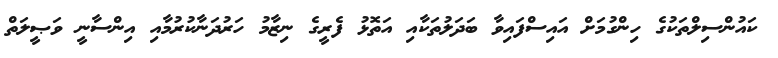
ކައުންސިލްތަކުގެ ހިންގުމަށް އައިސްފައިވާ ބަދަލުތަކާއި އަތޮޅު ފެރީގެ ނިޒާމު ހަރުދަނާކުރުމާއި އިންސާނީ ވަޞީލަތް